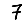
Digit: 7